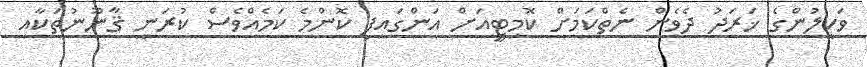
ވަކީލުންގެ ޚަރަދު ދެވެން ނެތްކަމަށް ކޮމިޓީއަށް އަންގައިފި ކޮންމެ ކަމެއްވެސް ކުރަނީ ޤާނޫނުތަކާއި